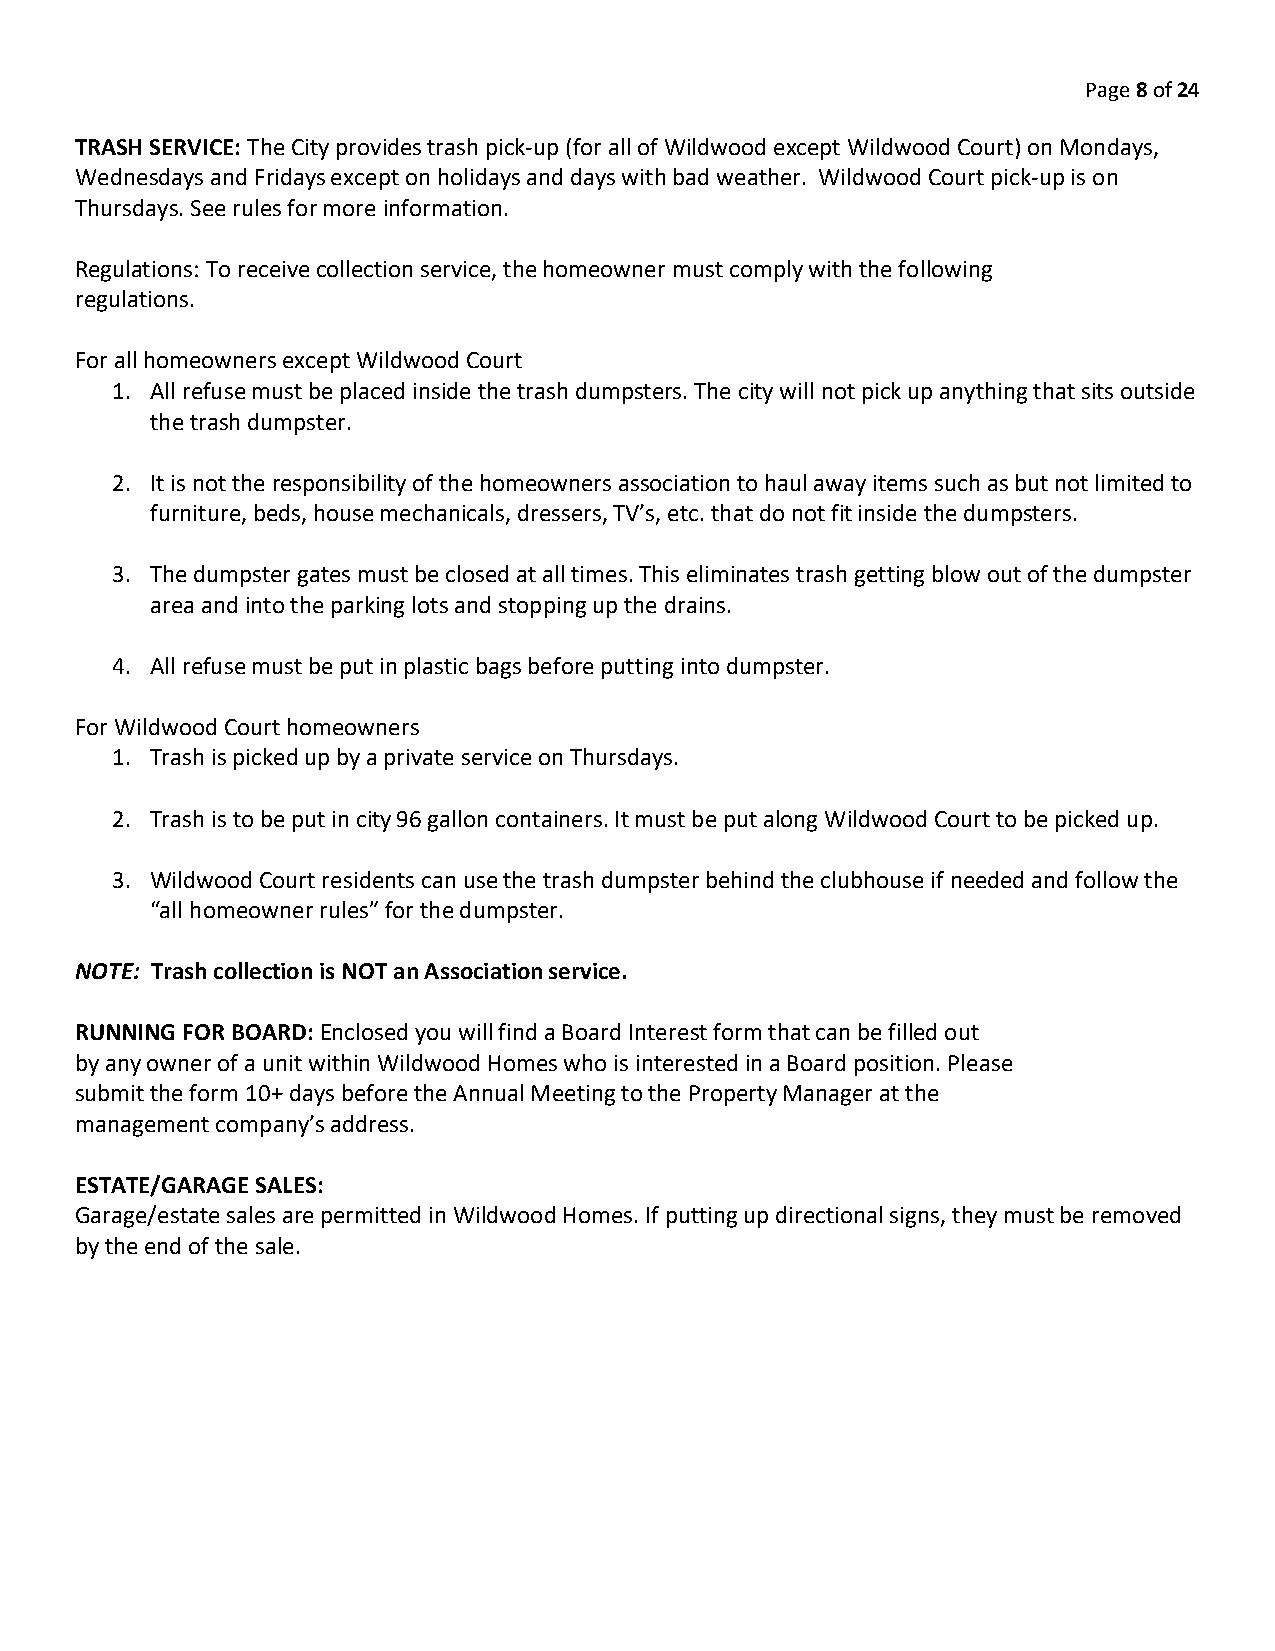
Page 8 of 24
 TRASH SERVICE: The City provides trash pick-up (for all of Wildwood except Wildwood Court) on Mondays,
 Wednesdays and Fridays except on holidays and days with bad weather. Wildwood Court pick-up is on
 Thursdays. See rules for more information.
 Regulations: To receive collection service, the homeowner must comply with the following
 regulations.
 For all homeowners except Wildwood Court
 1. All refuse must be placed inside the trash dumpsters. The city will not pick up anything that sits outside
 the trash dumpster.
 2. It is not the responsibility of the homeowners association to haul away items such as but not limited to
 furniture, beds, house mechanicals, dressers, TV’s, etc. that do not fit inside the dumpsters.
 3. The dumpster gates must be closed at all times. This eliminates trash getting blow out of the dumpster
 area and into the parking lots and stopping up the drains.
 4. All refuse must be put in plastic bags before putting into dumpster.
 For Wildwood Court homeowners
 1. Trash is picked up by a private service on Thursdays.
 2. Trash is to be put in city 96 gallon containers. It must be put along Wildwood Court to be picked up.
 3. Wildwood Court residents can use the trash dumpster behind the clubhouse if needed and follow the
 “all homeowner rules” for the dumpster.
 NOTE: Trash collection is NOT an Association service.
 RUNNING FOR BOARD: Enclosed you will find a Board Interest form that can be filled out
 by any owner of a unit within Wildwood Homes who is interested in a Board position. Please
 submit the form 10+ days before the Annual Meeting to the Property Manager at the
 management company’s address.
 ESTATE/GARAGE SALES:
 Garage/estate sales are permitted in Wildwood Homes. If putting up directional signs, they must be removed
 by the end of the sale.